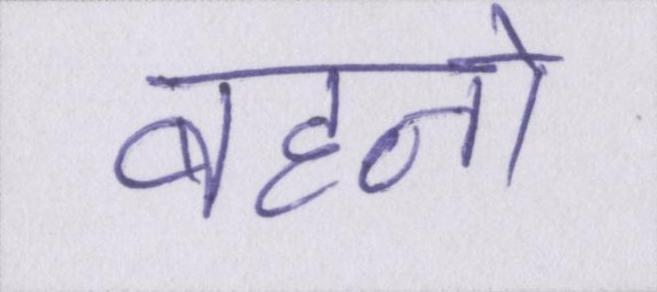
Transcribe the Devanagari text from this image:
बहनो